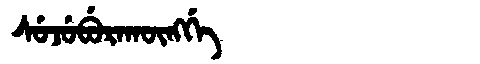
Manchu: ᠰᡠᠵᡠᠪᡠᡵᠠᡴᡡᠩᡤᡝ
Romanization: SUJUBURAKŪNGGE